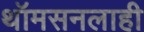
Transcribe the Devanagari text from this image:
थॉमसनलाही